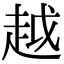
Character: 越